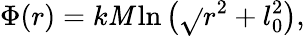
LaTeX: \Phi(r)=k\mathit{M}\ln\left(\sqrt{}{{r^{2}+l_{0}^{2}}}\right),